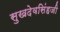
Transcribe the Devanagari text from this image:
सुखदेवसिंहजी